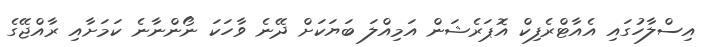
އިސްލާހުގައި އެއާޓްރެފިކް އޮޕަރެޝަން އަމިއްލަ ބަޔަކަށް ދޭނެ ވާހަކަ ނޯންނާނެ ކަމަށާއި ރާއްޖޭގެ